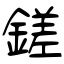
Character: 鎈